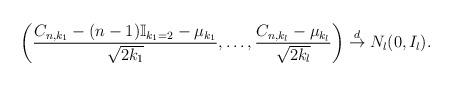
LaTeX: \begin{align*}\left( \frac{C_{n,k_{1}}- (n-1)\mathbb{I}_{k_{1}=2}- \mu_{k_{1}}}{\sqrt{2k_{1}}}, \ldots, \frac{C_{n,k_{l}}-\mu_{k_{l}}}{\sqrt{2k_{l}}} \right) \stackrel{d}{\to} N_{l}(0, I_{l}).\end{align*}